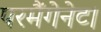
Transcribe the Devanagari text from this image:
परमैंगेनेट।